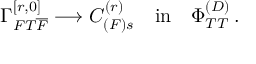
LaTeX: \Gamma _ { F T { \overline { { { F } } } } } ^ { [ r , 0 ] } \longrightarrow C _ { ( F ) s } ^ { ( r ) } \quad \mathrm { { i n } } \quad \Phi _ { T T } ^ { ( D ) } \, .